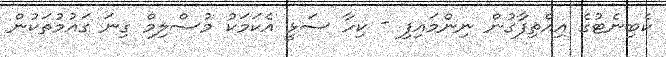
ކެބިނެޓުގެ އިއްތިފާގުން ނިންމައިފި - ކިހާ ސަޅީ އެކަމަކު މުސްލިމް ގިނަ ގައުމުތަކުން